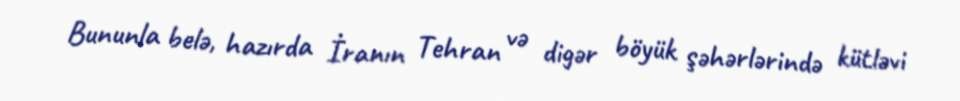
Bununla belə, hazırda İranın Tehran və digər böyük şəhərlərində kütləvi